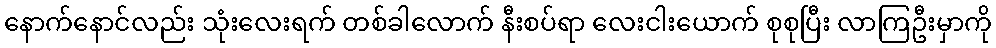
နောက်နောင်လည်း သုံးလေးရက် တစ်ခါလောက် နီးစပ်ရာ လေးငါးယောက် စုစုပြီး လာကြဦးမှာကို